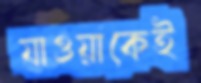
যাওয়াকেই